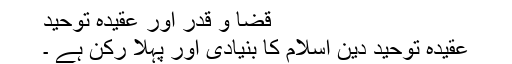
قضا و قدر اور عقیدہ توحید
عقیدہ توحید دین اسلام کا بنیادی اور پہلا رکن ہے ۔